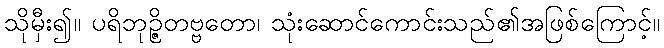
သိုမှီး၍။ ပရိဘုဉ္ဇိတဗ္ဗတော၊ သုံးဆောင်ကောင်းသည်၏အဖြစ်ကြောင့်။